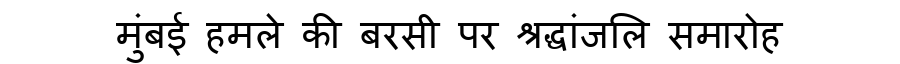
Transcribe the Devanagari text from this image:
मुंबई हमले की बरसी पर श्रद्धांजलि समारोह